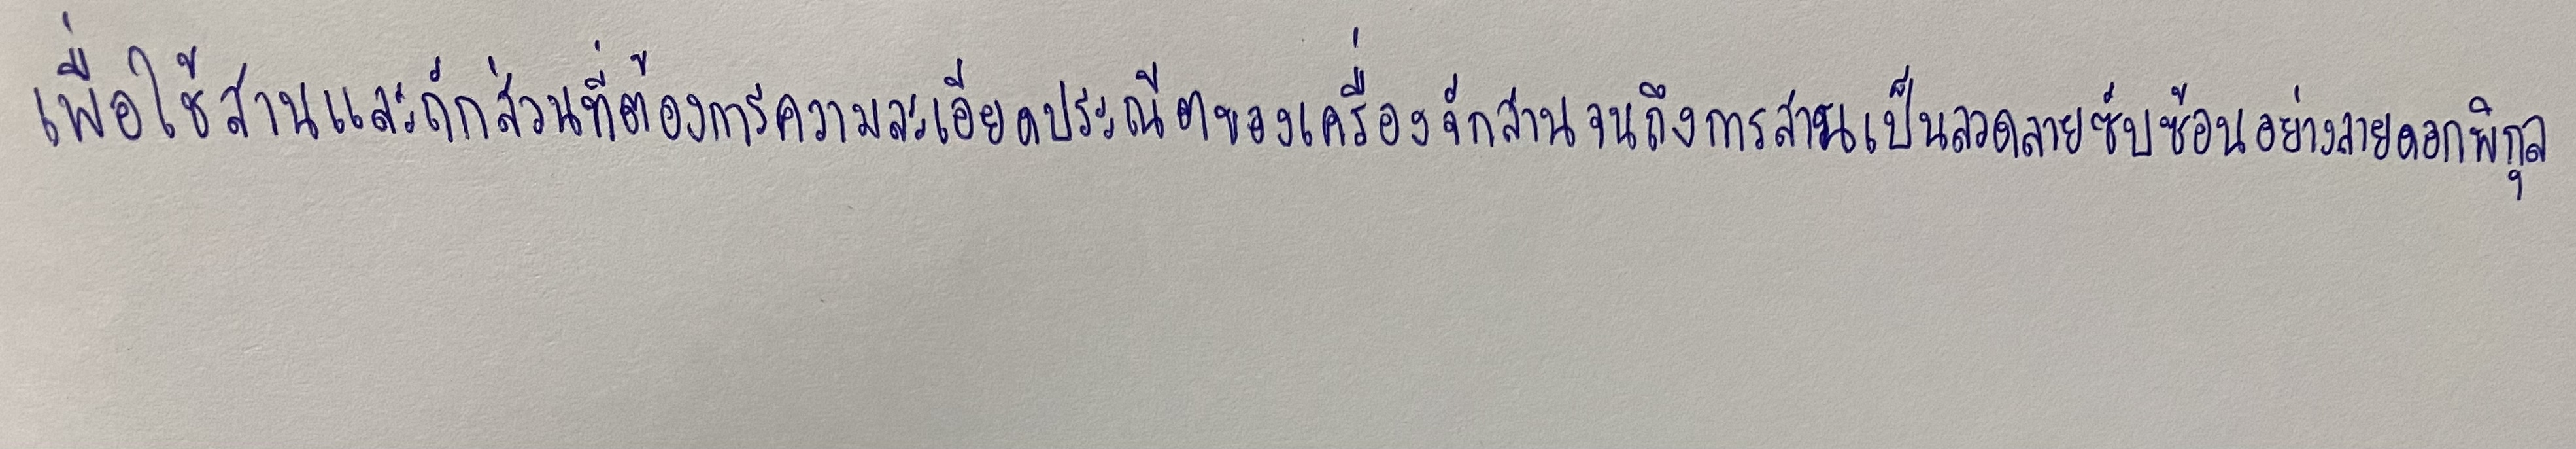
เพื่อใช้สานและถักส่วนที่ต้องการความละเอียดประณีตของเครื่องจักสานจนถึงการสานเป็นลวดลายซับซ้อนอย่างลายดอกพิกุล